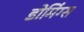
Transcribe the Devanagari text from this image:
डोमिंग्स